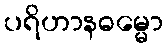
ပရိဟာနဓမ္မော